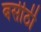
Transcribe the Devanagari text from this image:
बसीठी